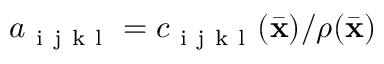
a _ { \mathrm { ~ i ~ j ~ k ~ l ~ } } = c _ { \mathrm { ~ i ~ j ~ k ~ l ~ } } ( \bar { \bf x } ) / \rho ( \bar { \bf x } )